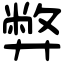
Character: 弊